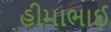
હીમાભાઈ